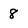
Character: 8